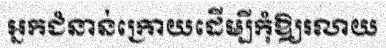
អ្នកជំនាន់ក្រោយដើម្បីកុំឱ្យរលាយ